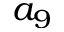
a _ { 9 }